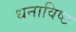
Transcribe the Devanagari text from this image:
धनाविष्ट